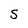
Character: S